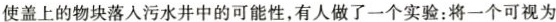
使盖上的物块落入污水井中的可能性，有人做了一个实验：将一个可视为